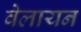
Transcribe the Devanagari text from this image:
वेलायन